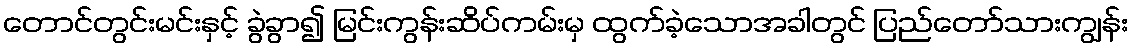
တောင်တွင်းမင်းနှင့် ခွဲခွာ၍ မြင်းကွန်းဆိပ်ကမ်းမှ ထွက်ခဲ့သောအခါတွင် ပြည်တော်သားကျွန်း